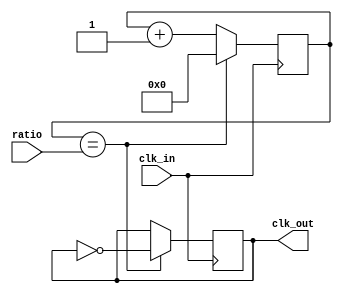
`timescale 1ns / 1ps
//////////////////////////////////////////////////////////////////////////////////
// Company: 
// Engineer: 
// 
// Design Name: 
// Module Name: clk_divider
// Project Name: 
// Target Devices: 
// Tool Versions: 
// Description: 
// 
// Dependencies: 
// 
// Revision:
// Revision 0.01 - File Created
// Additional Comments:
// 
//////////////////////////////////////////////////////////////////////////////////


module clk_divider(
    input clk_in,
    input [31:0] ratio,
    output reg clk_out
    );
    
    initial clk_out = 1'b0;
    reg [31:0] counter = 16'h0000;
    
    always @(posedge clk_in) begin
        if (counter == ratio) begin
            clk_out = ~clk_out;
            counter = 16'h0000;
        end
        
        else begin
            counter = counter + 1'b1;
        end
    end
endmodule